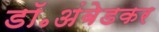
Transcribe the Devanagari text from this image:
डॉ॰अंबेडकर